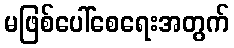
မဖြစ်ပေါ်စေရေးအတွက်